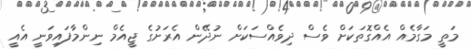
މަތީ މަގާމެއް އެއްގޮތަކަށް ވެސް ދިވެއްސަކަށް ނުދޭން އެރަށުގެ ޖީއެމް ނިންމާފައިވަނީ އެެއީ